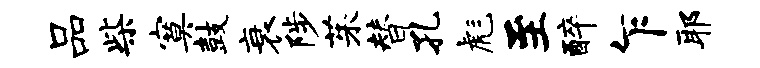
品柴寞鼓衰陟茱替孔彪至醉乍耶